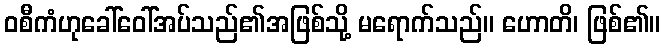
ဝစီကံဟုခေါ်ဝေါ်အပ်သည်၏အဖြစ်သို့ မရောက်သည်။ ဟောတိ၊ ဖြစ်၏။